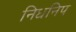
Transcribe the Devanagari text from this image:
निधनिप